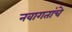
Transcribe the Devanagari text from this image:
नवागतांचे